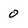
Character: 0